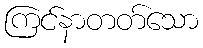
ကြင်နာတတ်သော